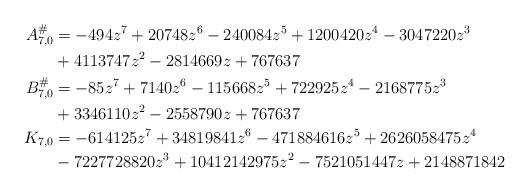
LaTeX: \begin{align*}A_{7,0}^{\#} &= -494z^7 + 20748z^6 - 240084z^5 + 1200420z^4 - 3047220z^3 \\ &+ 4113747z^2 - 2814669z + 767637 \\B_{7,0}^{\#} &= -85z^7 + 7140z^6 - 115668z^5 + 722925z^4 - 2168775z^3 \\ &+ 3346110z^2 - 2558790 z + 767637 \\K_{7,0} &= -614125z^7 + 34819841z^6 - 471884616z^5 + 2626058475z^4 \\ &- 7227728820 z^3 + 10412142975 z^2 - 7521051447 z + 2148871842\end{align*}